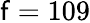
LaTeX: \mathsf{f}=109